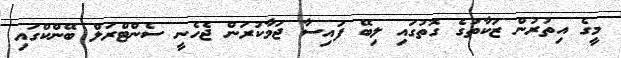
މީގެ އިތުރުން ޒަކާތުގެ ގޮތުގައި ލިބޭ ފައިސާ ޖަމާކުރަން ޖެހެނީ ސެންޓްރަލް ބޭންކްގައި